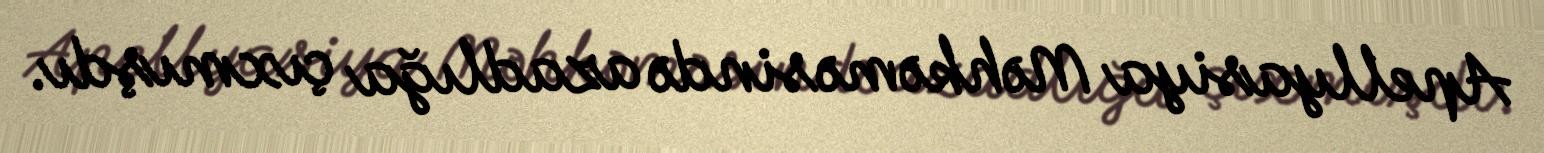
Apellyasiya Məhkəməsində azadlığa çıxmışdı.